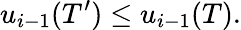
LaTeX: u_{i-1}(T^{\prime})\leq u_{i-1}(T).